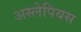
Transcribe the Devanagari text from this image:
अस्लेपियस